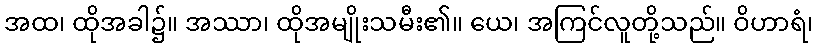
အထ၊ ထိုအခါ၌။ အဿာ၊ ထိုအမျိုးသမီး၏။ ယေ၊ အကြင်လူတို့သည်။ ဝိဟာရံ၊